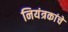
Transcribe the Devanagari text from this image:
नियंत्रकांचे